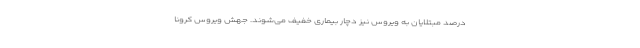
درصد مبتلایان به ویروس نیز دچار بیماری خفیف می‌شوند. جهش ویروس کرونا